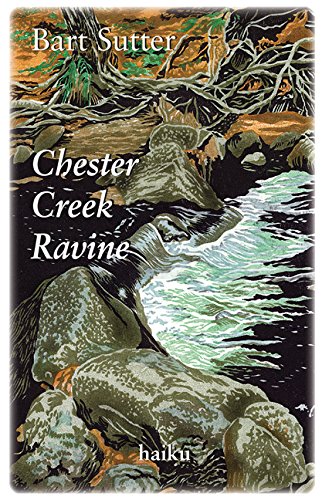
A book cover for Chester Creek Ravine: Haiku; Bart Sutter; Literature & Fiction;